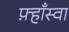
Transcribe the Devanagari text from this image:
फ़्हाँस्वा